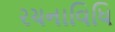
રચનાવિધિ